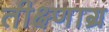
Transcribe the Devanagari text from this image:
तीक्ष्णाग्र